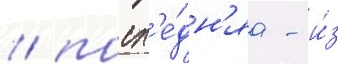
/ посл'е́дн'яа - и́з